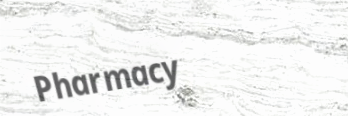
Pharmacy